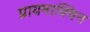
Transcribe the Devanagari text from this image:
प्रायमाक्विन